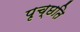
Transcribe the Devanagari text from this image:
पृच्छति